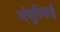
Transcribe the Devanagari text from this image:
मंचूरियाई